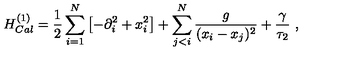
H _ { C a l } ^ { ( 1 ) } = { \frac { 1 } { 2 } } \sum _ { i = 1 } ^ { N } \left[ - \partial _ { i } ^ { 2 } + x _ { i } ^ { 2 } \right] + \sum _ { j < i } ^ { N } \frac g { ( x _ { i } - x _ { j } ) ^ { 2 } } + \frac { \gamma } { \tau _ { 2 } } \ ,